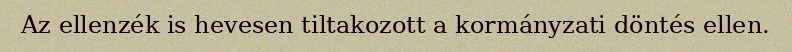
Az ellenzék is hevesen tiltakozott a kormányzati döntés ellen.